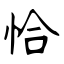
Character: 恰